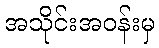
အသိုင်းအဝန်းမှ